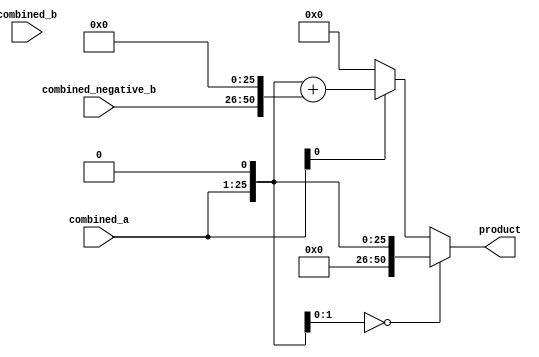
module c_booth(combined_a,combined_b, combined_negative_b, product); 

input [24:0]combined_a,combined_b, combined_negative_b;
output reg[50:0] product;


reg[50:0]  product_temp, product_temp2;
reg [51:0] product_temp3;


always@(*)
begin

	product_temp = {25'b0,combined_a[24:0],1'b0};

end

always@(*)
begin

	if(product_temp[1:0] == 2'b00)
		product = product_temp;
	else if(product_temp[1:0] == 2'b10)
	begin
		product_temp2 = {combined_negative_b, 26'b0};
		product_temp3 = product_temp + product_temp2;
		product = product_temp3[50:0];
	end
	else
	product = 50'b0;
end


endmodule